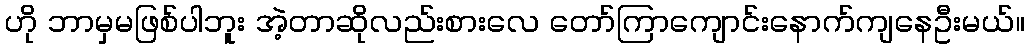
ဟို ဘာမှမဖြစ်ပါဘူး အဲ့တာဆိုလည်းစားလေ တော်ကြာကျောင်းနောက်ကျနေဦးမယ်။